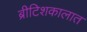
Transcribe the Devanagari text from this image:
ब्रीटिशकालात